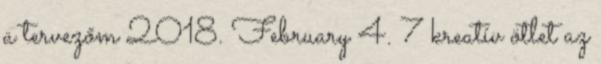
a tervezőm 2018. February 4. 7 kreatív ötlet az